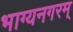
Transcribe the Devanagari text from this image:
भाग्यनगरम्